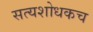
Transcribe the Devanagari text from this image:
सत्यशोधकच